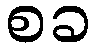
စခ